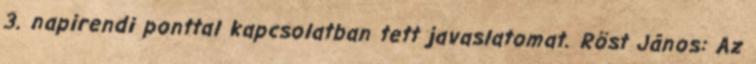
3. napirendi ponttal kapcsolatban tett javaslatomat. Röst János: Az